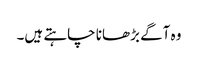
وہ آگے بڑھانا چاہتے ہیں۔